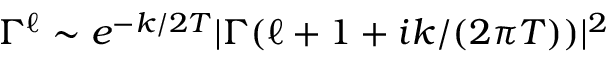
\Gamma ^ { \ell } \sim e ^ { - k / 2 T } | \Gamma ( \ell + 1 + i k / ( 2 \pi T ) ) | ^ { 2 }